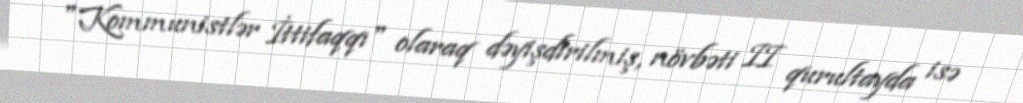
"Kommunistlər İttifaqqı" olaraq dəyişdirilmiş, növbəti II qurultayda isə